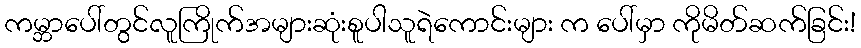
ကမ္ဘာပေါ်တွင်လူကြိုက်အများဆုံးစူပါသူရဲကောင်းများ က ပေါ်မှာ ကိုမိတ်ဆက်ခြင်း!